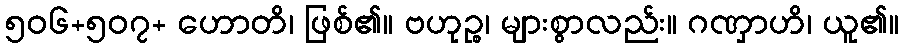
၅၀၆+၅၀၇+ ဟောတိ၊ ဖြစ်၏။ ဗဟုဉ္စ၊ များစွာလည်း။ ဂဏှာဟိ၊ ယူ၏။